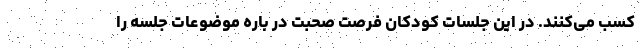
کسب می‌کنند. در این جلسات کودکان فرصت صحبت در باره موضوعات جلسه را